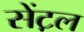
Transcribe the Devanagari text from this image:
सेंट़ल